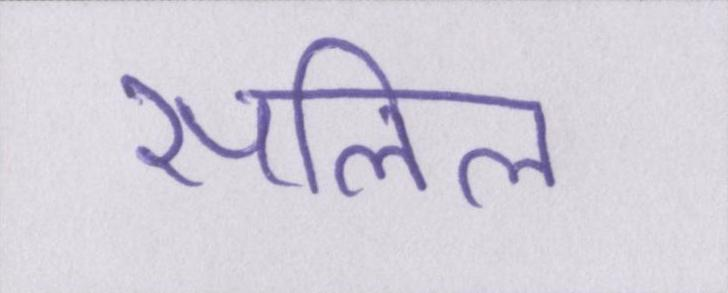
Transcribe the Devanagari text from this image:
सलिल